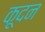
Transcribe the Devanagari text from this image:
कूदन